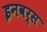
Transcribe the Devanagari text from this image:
इनवर्स